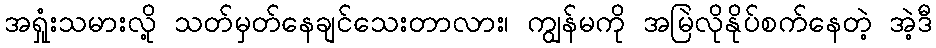
အရှုံးသမားလို့ သတ်မှတ်နေချင်သေးတာလား၊ ကျွန်မကို အမြဲလိုနိုပ်စက်နေတဲ့ အဲ့ဒီ